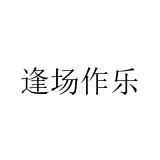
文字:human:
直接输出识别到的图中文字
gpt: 逢场作乐